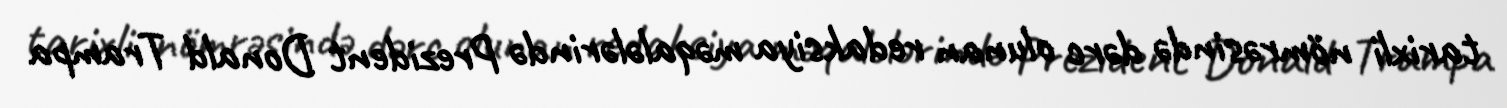
tarixli nömrəsində dərc olunan redaksiya məqalələrində Prezident Donald Trampa